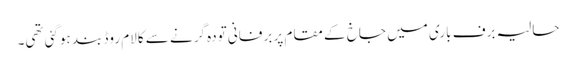
حالیہ برف باری میں جاخ کے مقام پر برفانی تودہ گرنے سے کالام روڈ بند ہوگئی تھی۔